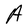
Character: A